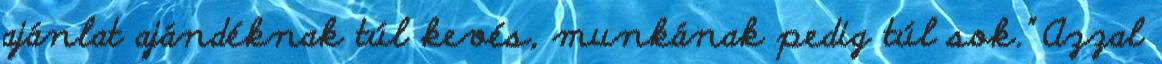
ajánlat ajándéknak túl kevés, munkának pedig túl sok.” Azzal